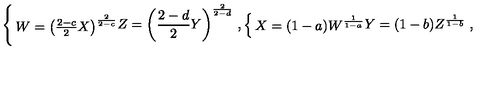
\left\{ \begin{matrix} { W = \left( { \frac { 2 - c } { 2 } } X \right) ^ { \frac { 2 } { 2 - c } } } \\ { Z = \left( { \frac { 2 - d } { 2 } } Y \right) ^ { \frac { 2 } { 2 - d } } } \\ \end{matrix} \right. , \left\{ \begin{matrix} { X = ( 1 - a ) W ^ { \frac { 1 } { 1 - a } } } \\ { Y = ( 1 - b ) Z ^ { \frac { 1 } { 1 - b } } } \\ \end{matrix} \right. ,